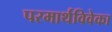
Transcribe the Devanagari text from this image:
परमार्थविवेका